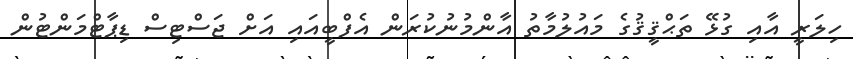
ހިލަރީ އާއި ގުޅޭ ތަޙްޤީޤުގެ މައުލުމާތު އާންމުނުކުރަން އެފްބީއައި އަށް ޖަސްޓިސް ޑިޕާޓްމަންޓުން